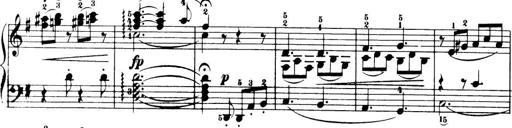
Title: 32 Sonatinas and Rondos for the Piano
Composer: Richard Kleinmichel